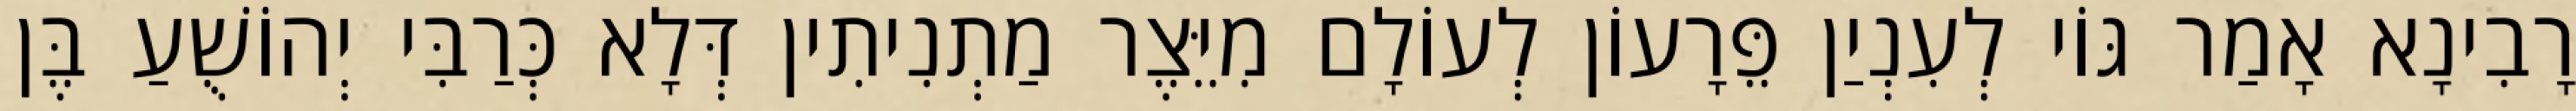
רָבִינָא אָמַר גּוֹי לְעִנְיַן פֵּרָעוֹן לְעוֹלָם מִיֵּצֶר מַתְנִיתִין דְּלָא כְּרַבִּי יְהוֹשֻׁעַ בֶּן